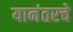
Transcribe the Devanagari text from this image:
यानंतरचे